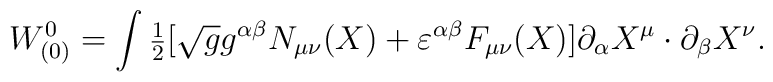
W^0_{(0)}=\int  \mbox{\small{$\frac 12$}}[\sqrt{g} g^{\alpha\beta}N_{\mu\nu}(X)+\varepsilon^{\alpha\beta}F_{\mu\nu}(X)]\partial_\alpha X^\mu \cdot \partial_\beta X^\nu.